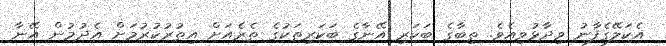
އެކަލޭގެފާނު ވިދާޅުވިއެވެ. ތިބާގެ ބަކަރި އޭނާގެ ބަކަރިތަކުގެ ތެރެއަށް އިތުރުކުރުމަށް އެދުމުން އޭނާ